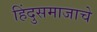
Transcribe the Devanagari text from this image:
हिंदुसमाजाचे